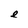
Character: e